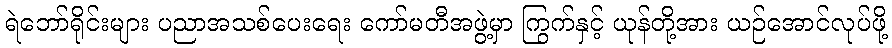
ရဲဘော်ရိုင်းများ ပညာအသစ်ပေးရေး ကော်မတီအဖွဲ့မှာ ကြွက်နှင့် ယုန်တို့အား ယဉ်အောင်လုပ်ဖို့